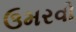
ઉમરવો